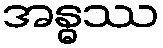
အန္ဓဿ